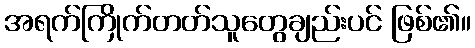
အရက်ကြိုက်တတ်သူတွေချည်းပင် ဖြစ်၏။